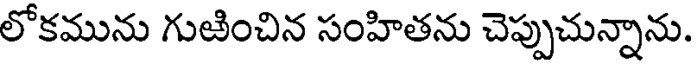
లోకమును గుఱించిన సంహితను చెప్పుచున్నాను.